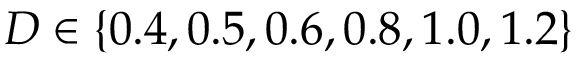
D \in \{ 0 . 4 , 0 . 5 , 0 . 6 , 0 . 8 , 1 . 0 , 1 . 2 \}